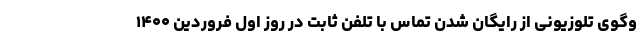
وگوی تلوزیونی از رایگان شدن تماس با تلفن ثابت در روز اول فروردین ۱۴۰۰